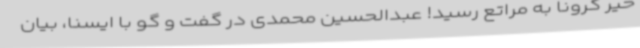
خیر کرونا به مراتع رسید! عبدالحسین محمدی در گفت و گو با ایسنا، بیان